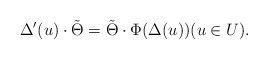
\begin{align*}\Delta'(u)\cdot \tilde{\Theta}=\tilde{\Theta}\cdot\Phi(\Delta(u))(u\in U).\end{align*}